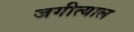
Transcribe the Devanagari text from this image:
जगीत्याल